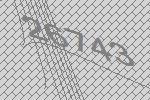
26743